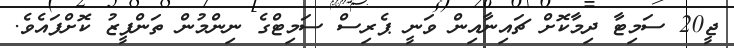
ޖީ20 ސަމިޓާ ދިމާކޮށް ޗައިނާއިން ވަނީ ޕެރިސް ސަމިޓްގެ ނިންމުން ތަންފީޒު ކޮށްފައެވެ.